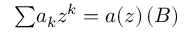
{ \textstyle \sum } a _ { k } z ^ { k } = a ( z ) \, ( \boldsymbol { B } )